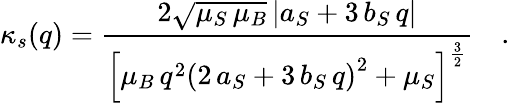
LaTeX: \kappa_{s}(q)=\frac{2\sqrt{\mu_{S}\, \mu_{B}}\, \vert a_{S}+3\, b_{S}\, q\vert}{\left[\mu_{B}\, q^{2}\left(2\, a_{S}+3\, b_{S}\, q\right)^{2}+\mu_{S}\right]^{\frac{3}{2}}}\quad.